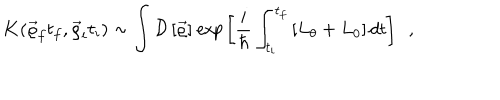
{ \bf K } ( \vec { \varrho } _ { f } t _ { f } , \vec { \varrho } _ { i } t _ { i } ) \sim \int { \cal D } \left[ \vec { \varrho } \right] { \it e x p } \left[ \frac { i } { \hbar } \int _ { t _ { i } } ^ { t _ { f } } \left[ L _ { \theta } + L _ { 0 } \right] d t \right] ~ ~ ,